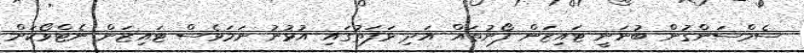
ސެމްސަންގުން ބުނަނީ ޓައިޒަން ފޯނުތައް އަދި ޅަފަތުގައި އުޅުނު ނަމަވެސް ޓައިޒަން ނެޓްވޯކަށް